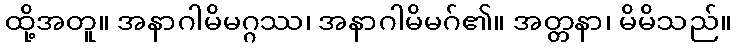
ထို့အတူ။ အနာဂါမိမဂ္ဂဿ၊ အနာဂါမိမဂ်၏။ အတ္တနာ၊ မိမိသည်။